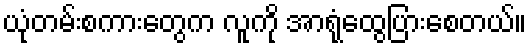
ယုံတမ်းစကားတွေက လူကို အာရုံထွေပြားစေတယ်။